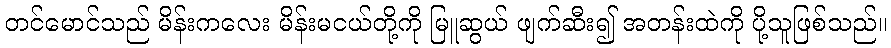
တင်မောင်သည် မိန်းကလေး မိန်းမငယ်တို့ကို မြူဆွယ် ဖျက်ဆီး၍ အတန်းထဲကို ပို့သူဖြစ်သည်။